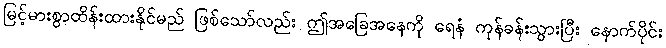
မြင့်မားစွာထိန်းထားနိုင်မည် ဖြစ်သော်လည်း ဤအခြေအနေကို ရေနံ ကုန်ခန်းသွားပြီး နောက်ပိုင်း